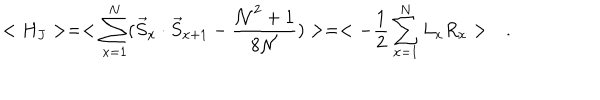
LaTeX: < H _ { J } > = < \sum _ { x = 1 } ^ { N } ( \vec { S } _ { x } \cdot \vec { S } _ { x + 1 } - \frac { { \cal N } ^ { 2 } + 1 } { 8 \cal N } ) > = < - \frac { 1 } { 2 } \sum _ { x = 1 } ^ { N } L _ { x } R _ { x } > \quad .